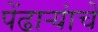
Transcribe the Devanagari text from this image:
पेंढाऱ्यांचे